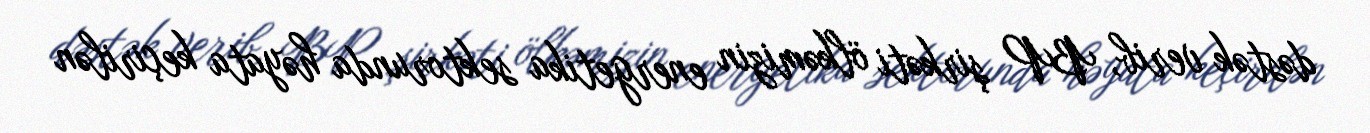
dəstək verib, BP şirkəti ölkəmizin energetika sektorunda həyata keçirilən